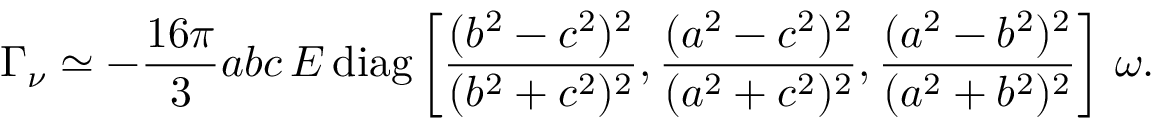
\boldsymbol { \Gamma } _ { \nu } \simeq - \frac { 1 6 \pi } { 3 } a b c \, E \, \mathrm { d i a g } \left[ \frac { ( b ^ { 2 } - c ^ { 2 } ) ^ { 2 } } { ( b ^ { 2 } + c ^ { 2 } ) ^ { 2 } } , \frac { ( a ^ { 2 } - c ^ { 2 } ) ^ { 2 } } { ( a ^ { 2 } + c ^ { 2 } ) ^ { 2 } } , \frac { ( a ^ { 2 } - b ^ { 2 } ) ^ { 2 } } { ( a ^ { 2 } + b ^ { 2 } ) ^ { 2 } } \right] \, \boldsymbol { \omega } .